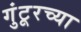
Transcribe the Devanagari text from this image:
गुंटूरच्या